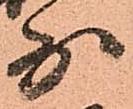
少